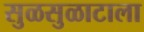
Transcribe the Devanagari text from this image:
सुळसुळाटाला